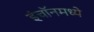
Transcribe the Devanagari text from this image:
इंचॉनमध्ये